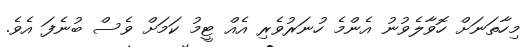
މިހާތަނަށް ހޮވާލެވުނު އެންމެ ހުނަރުވެރި އެއް ޓީމު ކަމަށް ވެސް ބުނެފަ އެވެ.